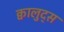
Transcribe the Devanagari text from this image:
क्वालुद्स